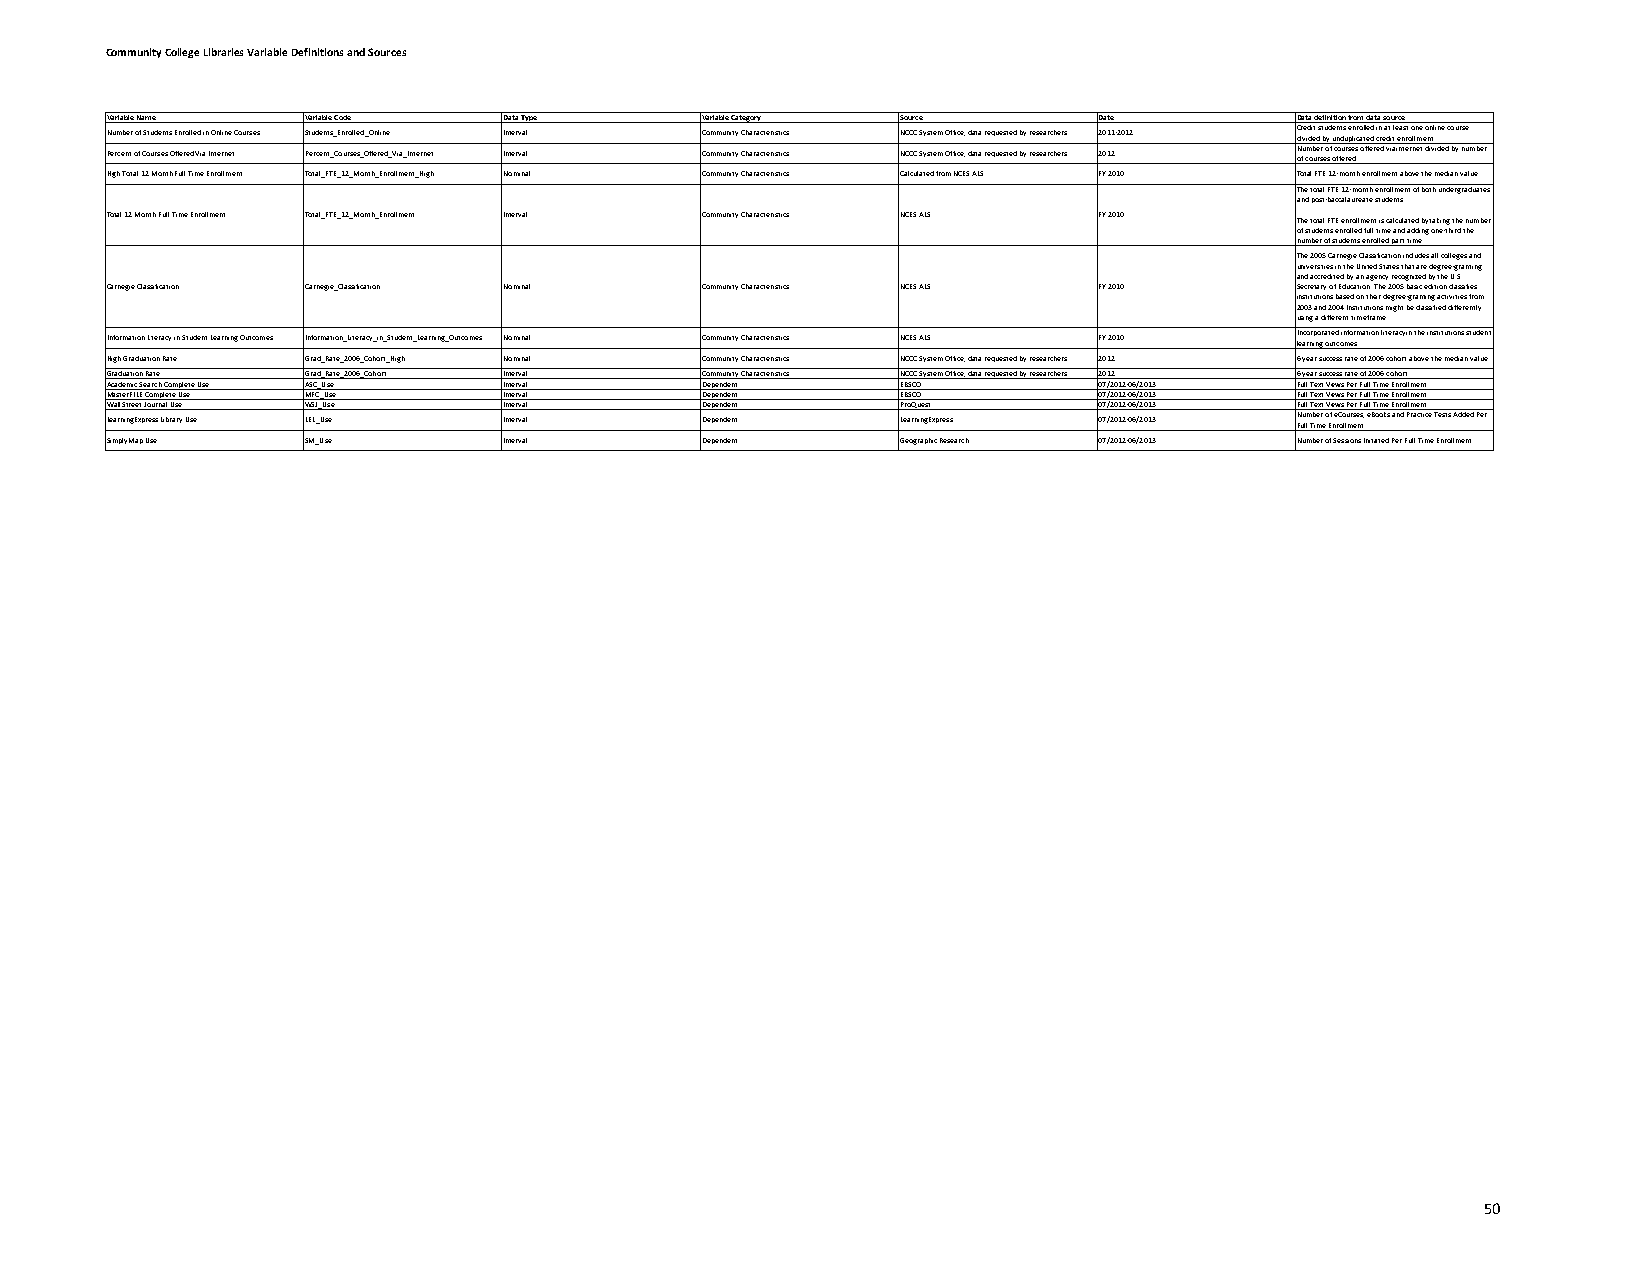
Community College Libraries Variable Definitions and Sources
 Variable Name Variable Code Data Type  Variable Category Source   Date         Data definition from data source
 Number of Students Enrolled in Online Courses Students_Enrolled_Online Interval Community Characteristics NCCC System Office, data requested by researchers 2011-2012 C dir ve id di et d s t bu yd ue nn dts u e pn lir co al tl ee dd cin re a dt i tle ea ns rt o o lln me e o nn tline course
 Percent of Courses Offered Via Internet Percent_Courses_Offered_Via_Internet Interval Community Characteristics NCCC System Office, data requested by researchers 2012 N ofu cm ob ue rsr e o sf o c fo feu rr ese ds offered via internet divided by number
 High Total 12 Month Full Time Enrollment Total_FTE_12_Month_Enrollment_High Nominal Community Characteristics Calculated from NCES ALS FY 2010 Total FTE 12-month enrollment above the median value
 The total FTE 12-month enrollment of both undergraduates
 and post-baccalaureate students.
 Total 12 Month Full Time Enrollment Total_FTE_12_Month_Enrollment Interval Community Characteristics NCES ALS FY 2010 The total FTE enrollment is calculated by taking the number
 of students enrolled full time and adding one-third the
 number of students enrolled part time.
 The 2005 Carnegie Classification includes all colleges and
 universities in the United States that are degree-granting
 and accredited by an agency recognized by the U.S.
 Carnegie Classification Carnegie_Classification Nominal Community Characteristics NCES ALS FY 2010 Secretary of Education. The 2005 basic edition classifies
 institutions based on their degree-granting activities from
 2003 and 2004 Institutions might be classified differently
 using a different timeframe.
 Information Literacy in Student Learning Outcomes Information_Literacy_in_Student_Learning_Outcomes Nominal Community Characteristics NCES ALS FY 2010 I len aco rnrp ino gr a ot ue td c oin mfo er smation literacy in the institutions student
 High Graduation Rate Grad_Rate_2006_Cohort_High Nominal Community Characteristics NCCC System Office, data requested by researchers 2012 6 year success rate of 2006 cohort above the median value
 Graduation Rate Grad_Rate_2006_Cohort Interval Community Characteristics NCCC System Office, data requested by researchers 2012 6 year success rate of 2006 cohort
 Academic Search Complete Use ASC_Use Interval Dependent EBSCO     07/2012-06/2013 Full Text Views Per Full Time Enrollment
 MasterFILE Complete Use MFC_Use Interval Dependent   EBSCO        07/2012-06/2013 Full Text Views Per Full Time Enrollment
 Wall Street Journal Use WSJ_Use Interval Dependent   ProQuest     07/2012-06/2013 Full Text Views Per Full Time Enrollment
 LearningExpress Library Use LEL_Use Interval Dependent LearningExpress 07/2012-06/2013 N Fuu lm l Tb imer e o Ef n e rC oo llu mr ese ns t, eBooks and Practice Tests Added Per
 SimplyMap Use SM_Use      Interval     Dependent     Geographic Research 07/2012-06/2013 Number of Sessions Initiated Per Full Time Enrollment
 50